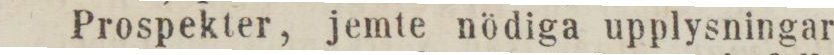
Prospekter, jemte nödiga upplysningar